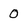
Character: 0